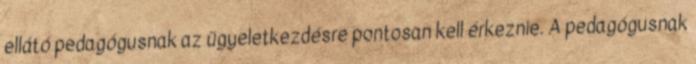
ellátó pedagógusnak az ügyeletkezdésre pontosan kell érkeznie. A pedagógusnak